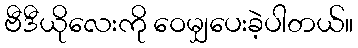
ဗီဒီယိုလေးကို ဝေမျှပေးခဲ့ပါတယ်။